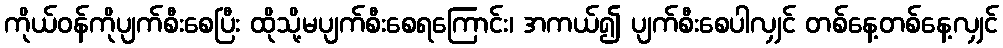
ကိုယ်ဝန်ကိုပျက်စီးစေပြီး ထိုသို့မပျက်စီးစေရကြောင်း၊ အကယ်၍ ပျက်စီးစေပါလျှင် တစ်နေ့တစ်နေ့လျှင်